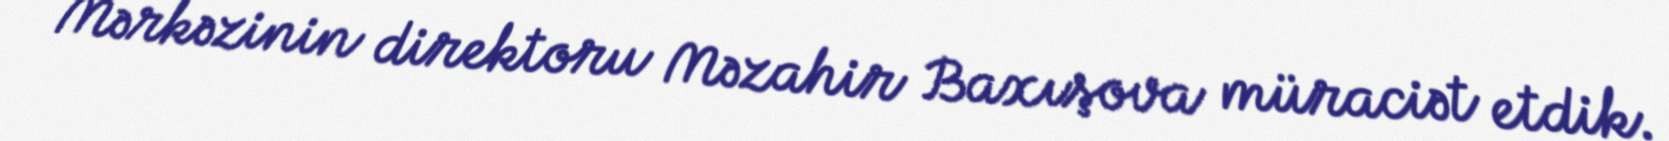
Mərkəzinin direktoru Məzahir Baxışova müraciət etdik.